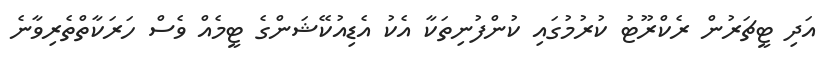
އަދި ޓީޗަރުން ރެކްރޫޓު ކުރުމުގައި ކުންފުނިތަކާ އެކު އެޑިއުކޭޝަންގެ ޓީމެއް ވެސް ހަރަކާތްތެރިވާނެ